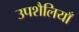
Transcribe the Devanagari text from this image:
उपशैलियाँ